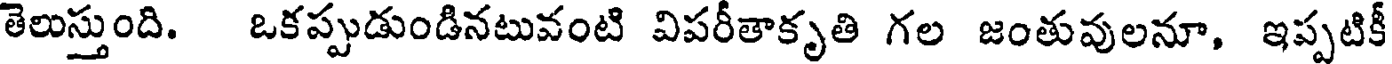
తెలుస్తుంది. ఒకప్పుడుండినటువంటి విపరీతాకృతి గల జంతువులనూ, ఇప్పటికీ